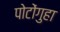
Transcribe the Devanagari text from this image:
पोटोंगुहा